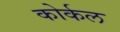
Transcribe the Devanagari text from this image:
कोर्कल